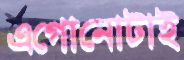
এগোনোটাই